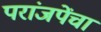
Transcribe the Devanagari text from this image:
परांजपेंचा